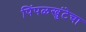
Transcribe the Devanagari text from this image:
पिंपळखुंटेचा